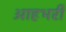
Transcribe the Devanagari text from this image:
आहभरी